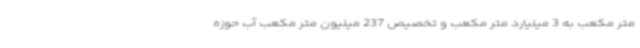
متر مکعب به 3 میلیارد متر مکعب و تخصیص 237 میلیون متر مکعب آب حوزه